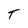
Character: T